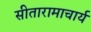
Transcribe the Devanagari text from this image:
सीतारामाचार्य